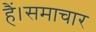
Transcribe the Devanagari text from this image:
हैं।समाचार